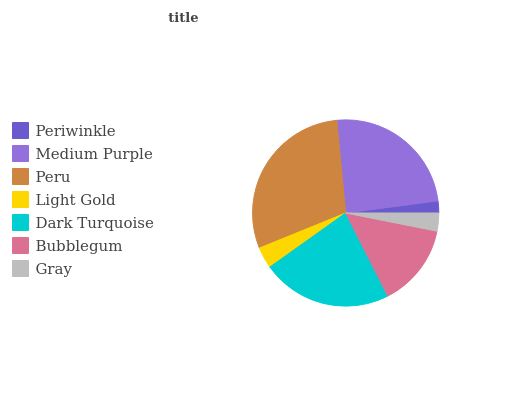
| Periwinkle | Medium Purple | Peru | Light Gold | Dark Turquoise | Bubblegum | Gray |
 | --- | --- | --- | --- | --- | --- | --- |
 | 2.08% | 24.5% | 29.6% | 3.71% | 22.6% | 14.4% | 3.12% |